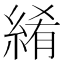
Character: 𬗤